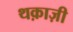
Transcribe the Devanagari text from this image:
थक़ाज़ी